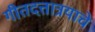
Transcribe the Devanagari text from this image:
गीतदत्तात्रयाचे